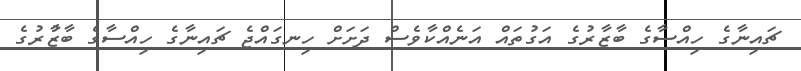
ޗައިނާގެ ހިއްސާގެ ބާޒާރުގެ އަގުތައް އަނެއްކާވެސް ދަށަށް ހިނގައްޖެ ޗައިނާގެ ހިއްސާގެ ބާޒާުރުގެ